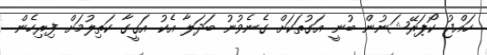
ހައްޖު ކޯޕަރޭޝަނުން ބުނީ އަގުތަކަށް ގެނެވުނު ބަދަލާ އެކު އަގީގާ ކަތިލުމަށް ފިރިހެން